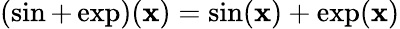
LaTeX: (\sin+\exp)(\mathbf{x})=\sin(\mathbf{x})+\exp(\mathbf{x})